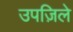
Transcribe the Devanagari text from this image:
उपज़िले